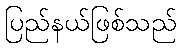
ပြည်နယ်ဖြစ်သည်